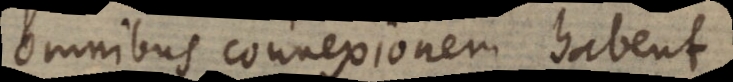
omnibus connexionem habent,